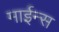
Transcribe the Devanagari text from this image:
माईन्स